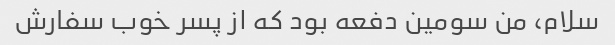
سلام، من سومین دفعه بود که از پسر خوب سفارش